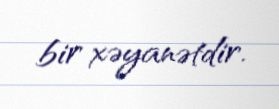
bir xəyanətdir.